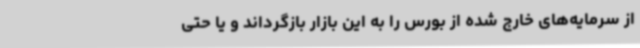
از سرمایه‌های خارج‌ شده از بورس را به این بازار بازگرداند و یا حتی